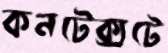
কনটেক্সটে